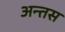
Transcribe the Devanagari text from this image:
अन्तस